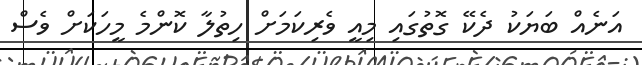
އަނެއް ބަޔަކު ދެކޭ ގޮތުގައި މިއީ ވެރިކަމަށް ހިތުލާ ކޮންމެ މީހަކަށް ވެސް